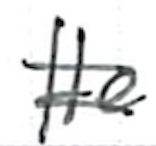
Text: He
Cross-out: double-line
Writing tool: ballpoint